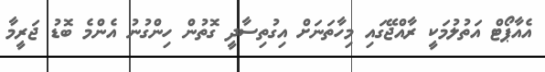
އެއާޕޯޓް އަތުލުމަކީ ރާއްޖޭގައި މިހާތަނަށް އިގުތިސާދީ ގޮތުން ހިންގުނު އެންމެ ބޮޑު ޖަރީމާ